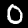
Label: 0